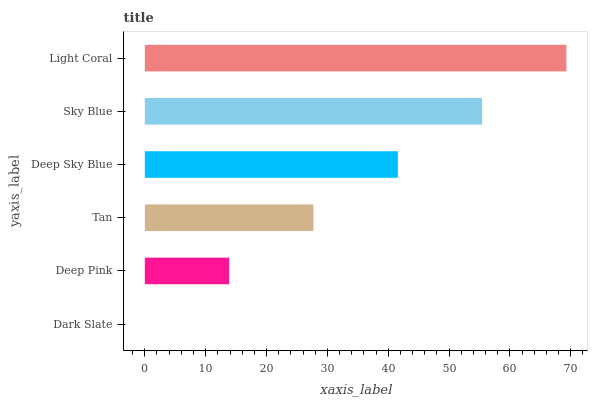
| yaxis_label | bars |
 | --- | --- |
 | Dark Slate | 0 |
 | Deep Pink | 13.9 |
 | Tan | 27.7 |
 | Deep Sky Blue | 41.6 |
 | Sky Blue | 55.4 |
 | Light Coral | 69.3 |